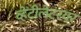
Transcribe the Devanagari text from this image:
व्हेंटीलेटरवर